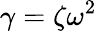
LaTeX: \gamma=\zeta\omega^{2}